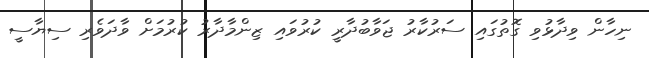
ނިހާން ވިދާޅުވި ގޮތުގައި ސަރުކާރު ޖަވާބުދާރީ ކުރުވައި ޒިންމާދާރު ކުރުމަށް ވާދަވެރި ސިޔާސީ